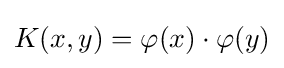
K(x,y)=\varphi (x)\cdot \varphi (y)